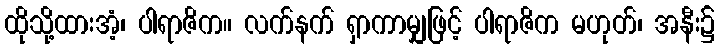
ထိုသို့ထားအံ့၊ ပါရာဇိက။ လက်နက် ရှာကာမျှဖြင့် ပါရာဇိက မဟုတ်၊ အနီး၌